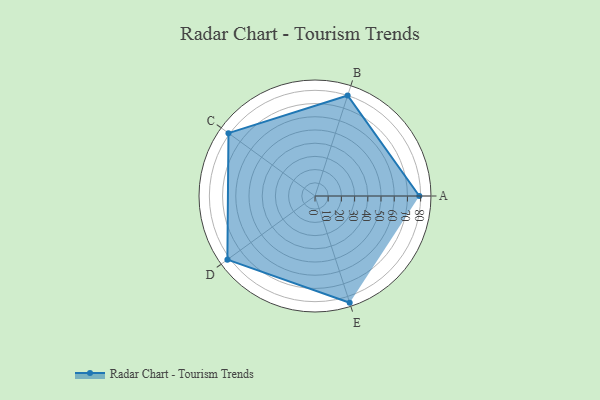
{"axis": {"x": "Skill", "y": "Score"}, "legend": ["Profile"], "data": [{"x": "A", "y": 79.0, "type": "Profile"}, {"x": "B", "y": 80.0, "type": "Profile"}, {"x": "C", "y": 81.0, "type": "Profile"}, {"x": "D", "y": 82.0, "type": "Profile"}, {"x": "E", "y": 85.0, "type": "Profile"}]}